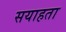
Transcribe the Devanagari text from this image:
सयाहता